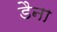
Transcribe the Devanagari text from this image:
डैना